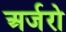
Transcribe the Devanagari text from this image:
अर्जरो